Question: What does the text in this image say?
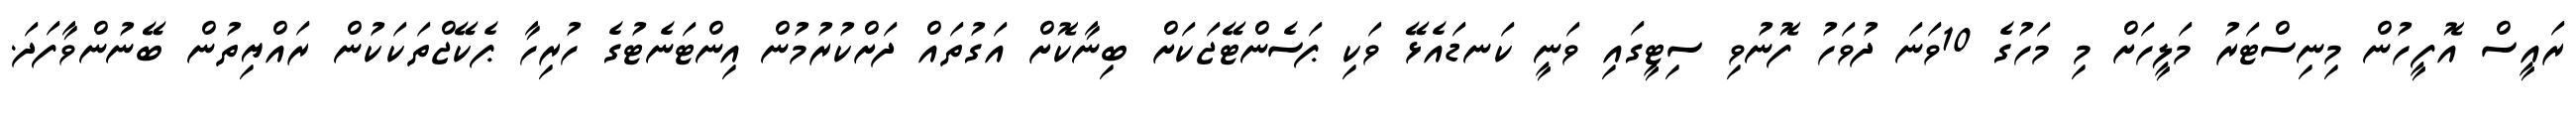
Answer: ރައީސް އޮފީހުން މިނިސްޓަރު މަލީހަށް މި މަހުގެ 10ވަނަ ދުވަހު ފޮނުވި ސިޓީގައި ވަނީ ކަނޑައެޅޭ ވަކި ޕަސެންޓޭޖަކަށް ބިނާކޮށް އަގުތައް ދަށްކުރުމުން އިންޓަނެޓުގެ ހުރިހާ ޕެކޭޖްތަކަކުން ރައްޔިތުން ބޭނުންވާފަދަ.